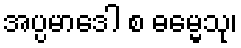
အပ္ပမာဒေါ စ ဓမ္မေသု၊